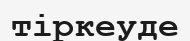
тіркеуде